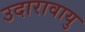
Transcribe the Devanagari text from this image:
उदारावायु